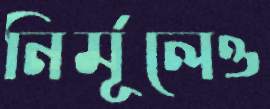
নির্মূলেও